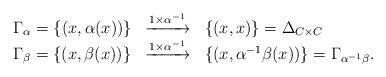
LaTeX: \begin{align*}\begin{array}{lcl}\Gamma_{\alpha}=\{(x, \alpha(x))\} &\xrightarrow{1\times \alpha^{-1}}& \{(x,x) \}=\Delta_{C \times C}\\\Gamma_{\beta}=\{(x, \beta(x))\}&\xrightarrow{1\times \alpha^{-1}} &\{(x, \alpha^{-1}\beta (x))\}=\Gamma_{\alpha^{-1}\beta}.\end{array} \end{align*}